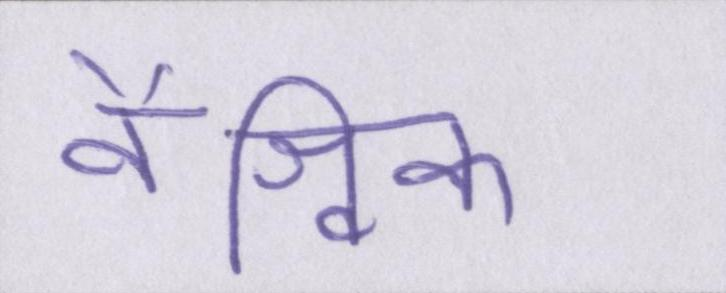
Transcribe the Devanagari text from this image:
वैश्विक